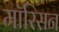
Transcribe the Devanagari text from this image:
मॉरिसन